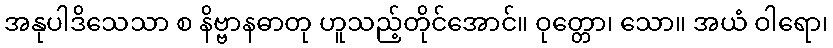
အနုပါဒိသေသာ စ နိဗ္ဗာနဓာတု ဟူသည့်တိုင်အောင်။ ဝုတ္တော၊ သော။ အယံ ဝါရော၊